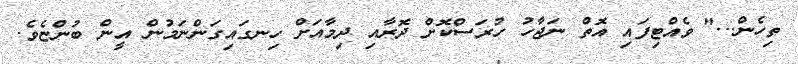
ތިހެން..." ވެއްޓިފައި އޮތް ނަޖާހު ހުރަސްކޮށް ދޮރާއި ދިމާއަށް ހިނގައިގަންނަމުން އީން ބުންޏެވެ.